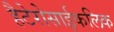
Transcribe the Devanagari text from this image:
हैटेरोसाईकलिक